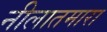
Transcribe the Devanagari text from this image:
नीलातमारा